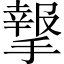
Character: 𢵨